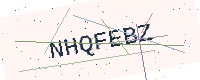
Text: NHQFEBZ